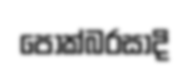
පොක්බරසාදි